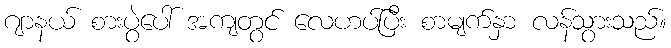
ဂျာနယ် စားပွဲပေါ် အကျတွင် လေဟပ်ပြီး စာမျက်နှာ လန်သွားသည်။